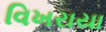
વિખરાયા